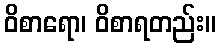
ဝိစာရော၊ ဝိစာရတည်း။